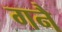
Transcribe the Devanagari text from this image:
गनै